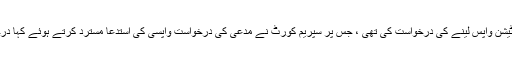
مدعی حمید حنیف راہی نے پٹیشن واپس لینے کی درخواست کی تھی ، جس پر سپریم کورٹ نے مدعی کی درخواست واپسی کی استدعا مسترد کرتے ہوئے کہا درخواست پرسماعت کریں گے۔